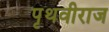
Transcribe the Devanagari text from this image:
पृथवीराज